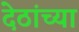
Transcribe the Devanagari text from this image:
देठांच्या